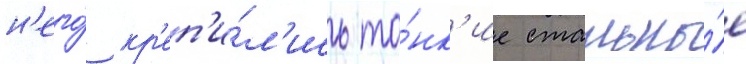
н'его́ кр'еп'и́л'ись то́нк'ие стальны́е